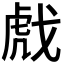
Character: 𫻺